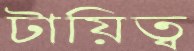
টায়িত্ব